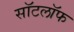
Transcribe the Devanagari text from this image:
सॉटलॉफ